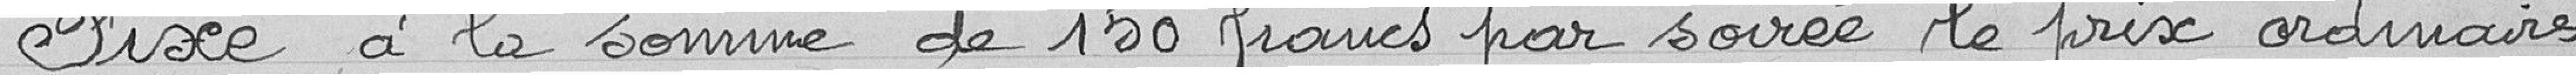
Fixe à la somme de 1500 francs par soirée le prix ordinaire